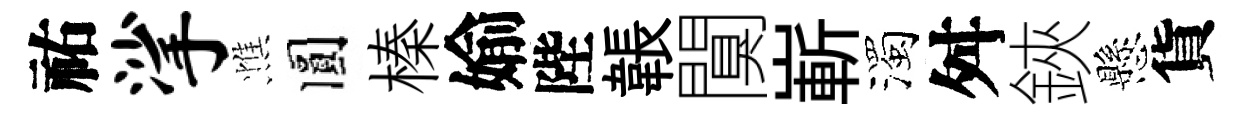
祐挲憔圓榛媮陛韔闃嶄濁舛鋏懸貨